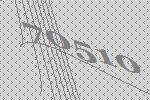
70510